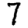
Digit: 7